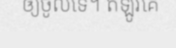
ឲ្យចូលទេ។ ឥឡូវគេ